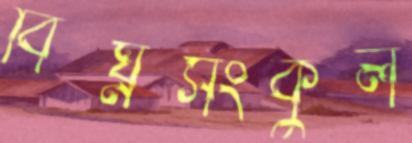
বিঘ্নসংকুল